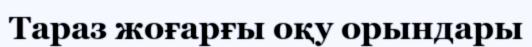
Тараз жоғарғы оқу орындары